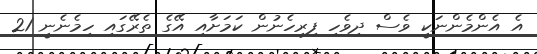
އެ އެންމެންނަކީ ވެސް ދިވެހި ފިރިހެނުން ކަމަށާއި އޭގެ ތެރޭގައި ހިމެނެނީ 21